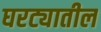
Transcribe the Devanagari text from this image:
घरट्यातील